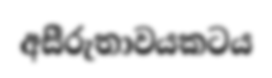
අසීරුතාවයකටය